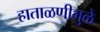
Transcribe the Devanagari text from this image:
हाताळणीमुळे